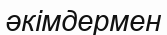
әкімдермен